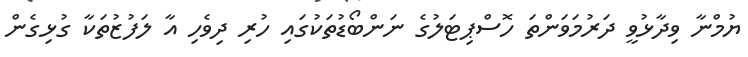
ޔުމްނާ ވިދާޅުވީ ދަރުމަވަންތަ ހޮސްޕިޓަލުގެ ނަންބޯޑުތަކުގައި ހުރި ދިވެހި އާ ލަފުޒުތަކާ ގުޅިގެން